Leaving Certificate Examination, 1910
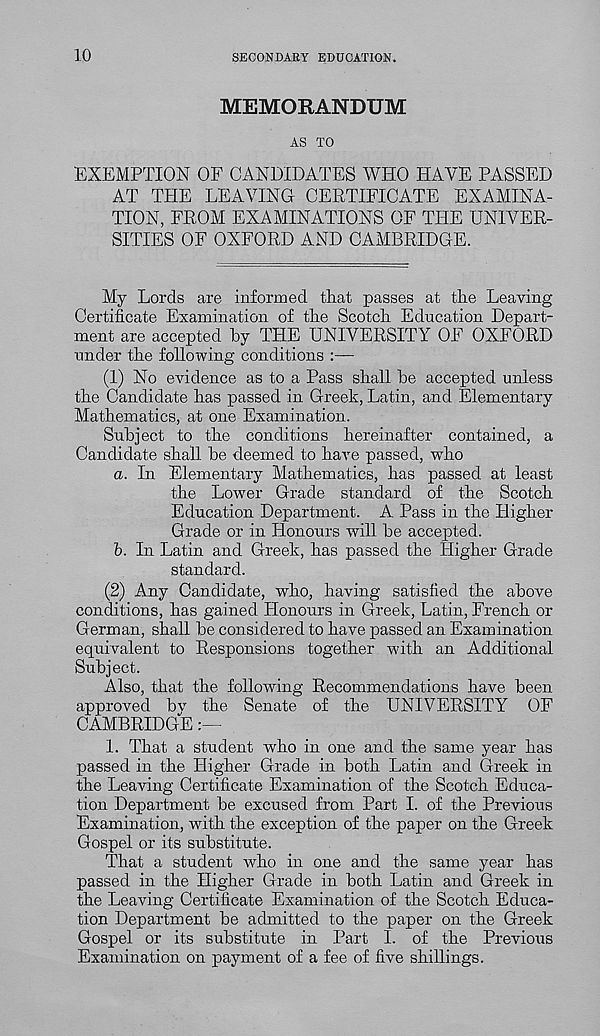
10
SECONDARY EDUCATION.
MEMORANDUM
AS TO
EXEMPTION OF CANDIDATES WHO HAVE PASSED
AT THE LEAVING CERTIFICATE EXAMINA-
TION, FROM EXAMINATIONS OF THE UNIVER-
SITIES OF OXFORD AND CAMBRIDGE.
My Lords are informed that passes at the Leaving
Certificate Examination of the Scotch Education Depart-
ment are accepted by THE UNIVERSITY OF OXFORD
under the following conditions :—
(1) No evidence as to a Pass shall be accepted unless
the Candidate has passed in Greek, Latin, and Elementary
Mathematics, at one Examination.
Subject to the conditions hereinafter contained, a
Candidate shall be deemed to have passed, who
a. In Elementary Mathematics, has passed at least
the Lower Grade standard of the Scotch
Education Department. A Pass in the Higher
Grade or in Honours will be accepted.
b. In Latin and Greek, has passed the Higher Grade
standard.
(2) Any Candidate, who, having satisfied the above
conditions, has gained Honours in Greek, Latin, French or
German, shall be considered to have passed an Examination
equivalent to Responsions together with an Additional
Subject.
Also, that the following Recommendations have been
approved bv the Senate of the UNIVERSITY OF
CAMBRIDGE
1. That a student who in one and the same year has
passed in the Higher Grade in both Latin and Greek in
the Leaving Certificate Examination of the Scotch Educa-
tion Department be excused from Part I. of the Previous
Examination, with the exception of the paper on the Greek
Gospel or its substitute.
That a student who in one and the same year has
passed in the Higher Grade in both Latin and Greek in
the Leaving Certificate Examination of the Scotch Educa-
tion Department be admitted to the paper on the Greek
Gospel or its substitute in Part I. of the Previous
Examination on payment of a fee of five shillings.